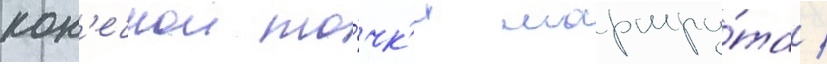
кон'ечнои то́чк'и маршру́та /